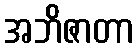
အဘိဇာတာ